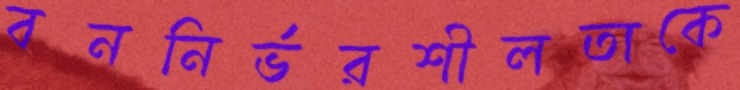
বননির্ভরশীলতাকে